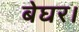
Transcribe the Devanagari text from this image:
बेघर।